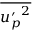
\overline { { { u _ { p } ^ { \prime } } ^ { 2 } } }